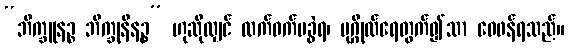
“ဘိက္ခူနဉ္စ ဘိက္ခုနီနဉ္စ” ဟုဆိုလျှင် ထက်ဝက်မခွဲရ၊ ပုဂ္ဂိုလ်ရေတွက်၍သာ ဝေဖန်ရသည်။